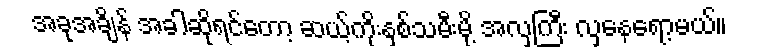
အခုအချိန် အခါဆိုရင်တော့ ဆယ့်ကိုးနှစ်သမီးမို့ အလှကြီး လှနေရော့မယ်။